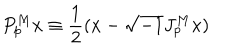
P _ { p } ^ { M } x \equiv \frac { 1 } { 2 } ( x - \sqrt { - 1 } J _ { p } ^ { M } x )